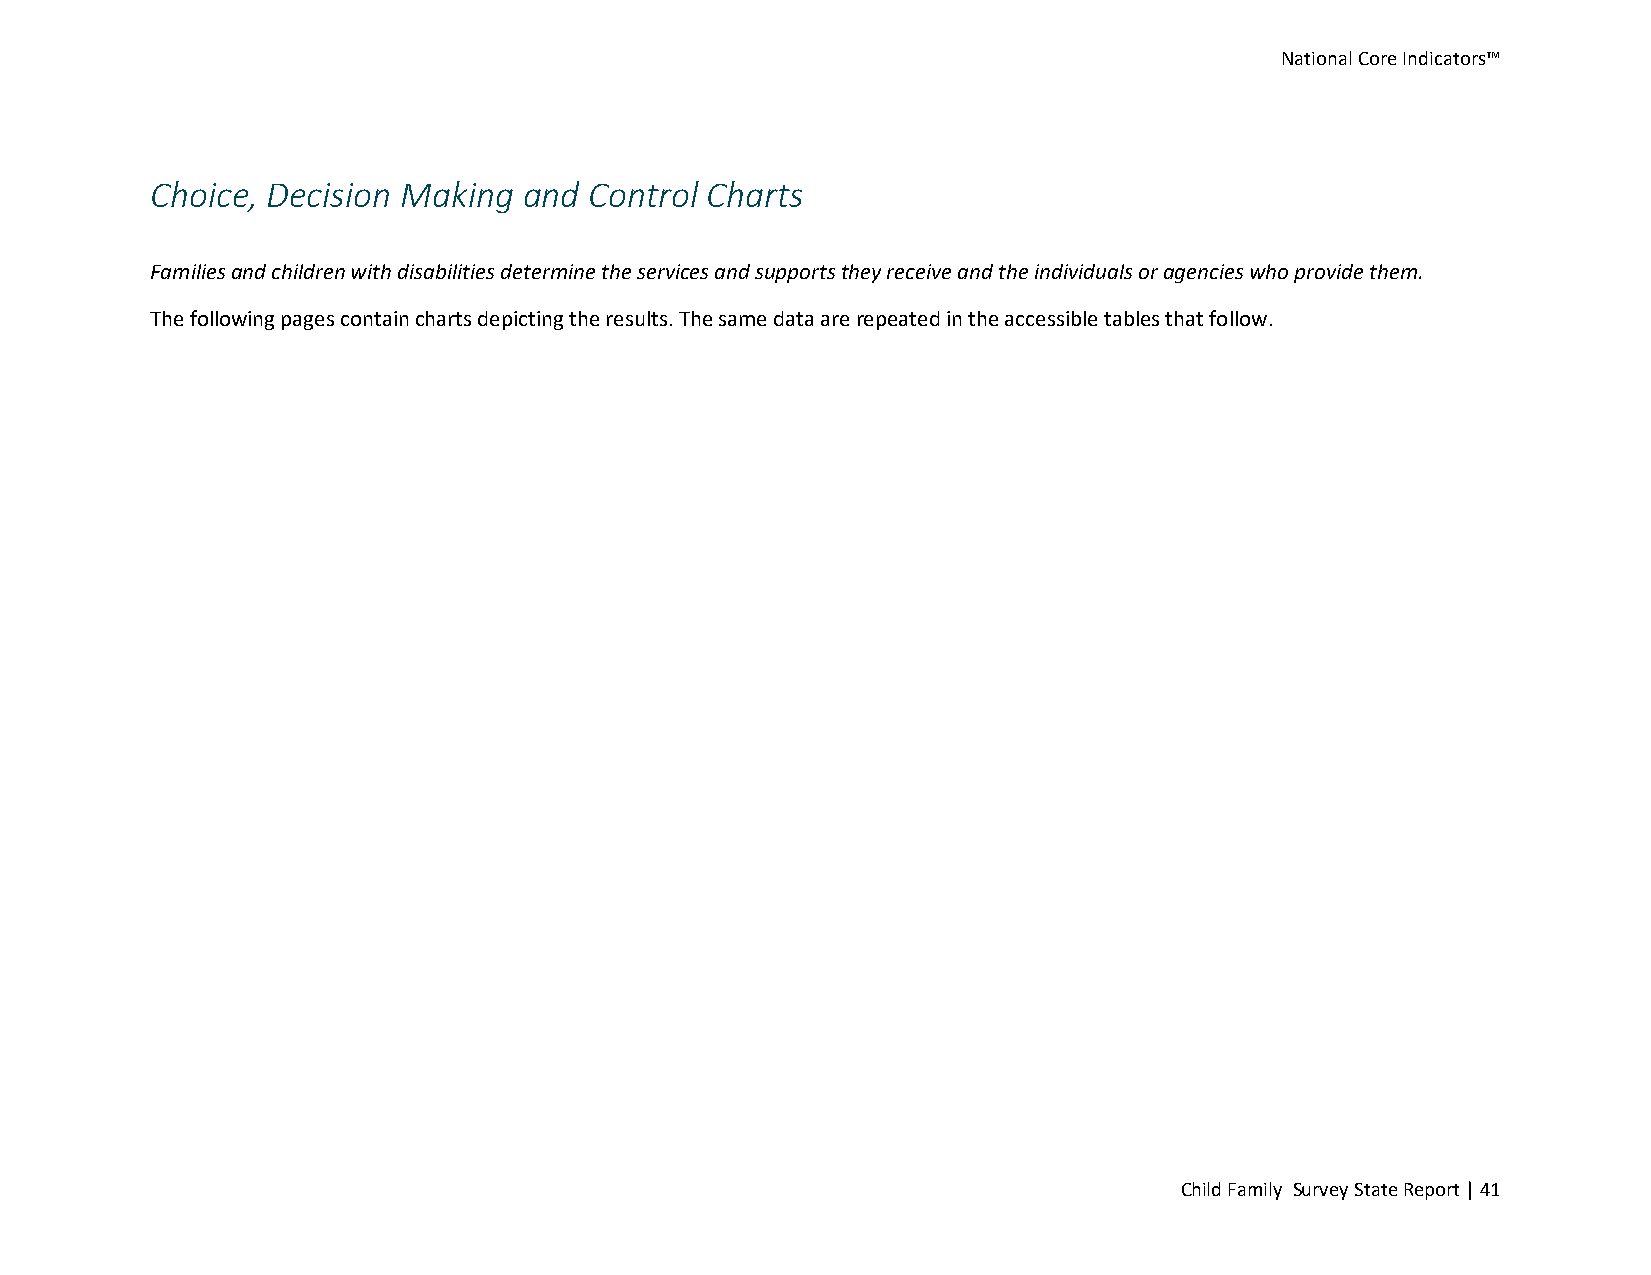
National Core Indicators™
 Choice, Decision Making  and Control Charts
 Families and children with disabilities determine the services and supports they receive and the individuals or agencies who provide them.
 The following pages contain charts depicting the results. The same data are repeated in the accessible tables that follow.
 Child Family Survey State Report | 41